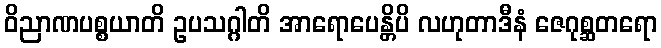
ဝိညာဏပစ္စယာတိ ဥပသဂ္ဂါတိ အာရောပေန္တိပိ လဟုတာဒီနံ ဇေဂုစ္ဆတရော